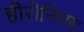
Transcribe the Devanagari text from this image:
हीरोनिमस